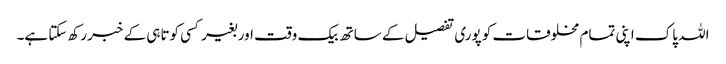
اللہ پاک اپنی تمام مخلوقات کو پوری تفصیل کے ساتھ بیک وقت اور بغیر کسی کوتاہی کے خبر رکھ سکتا ہے۔